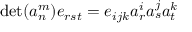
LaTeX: \operatorname* { d e t } ( a _ { n } ^ { m } ) e _ { r s t } = e _ { i j k } a _ { r } ^ { i } a _ { s } ^ { j } a _ { t } ^ { k }